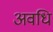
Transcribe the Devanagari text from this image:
अवधि